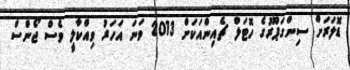
ޑޮލަރަށް ސިންގަޕޫރުގެ ހޮޓަލް ޗެއިންއަކަށް 2013 ވަނަ އަހަރު ވިއްކާލީ ވެސް ޖޯންސް